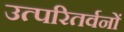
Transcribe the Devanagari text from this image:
उत्परितर्वनों